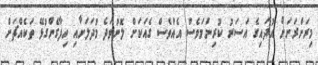
މިރަށްރަށަށް އުދައިގެ އަސަރު ކުރިނަމަވެސް އެއްވެސް ގެއަކަށް ލޮނުވަދެ މުދަލަށާއި ހިފާގެންގުޅޭ ތަކެއްޗަށް